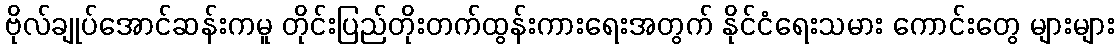
ဗိုလ်ချုပ်အောင်ဆန်းကမူ တိုင်းပြည်တိုးတက်ထွန်းကားရေးအတွက် နိုင်ငံရေးသမား ကောင်းတွေ များများ